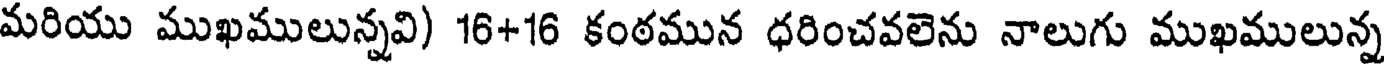
మరియు ముఖములున్నవి) 16+16 కంఠమున ధరించవలెను నాలుగు ముఖములున్న